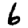
Digit: 6